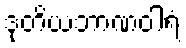
ဒုတိယဘာဏဝါရံ